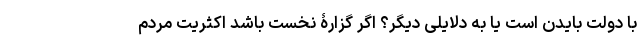
با دولت بایدن است یا به دلایلی دیگر؟ اگر گزارۀ نخست باشد اکثریت مردم